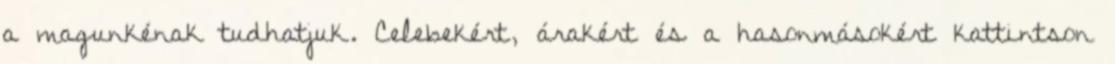
a magunkénak tudhatjuk. Celebekért, árakért és a hasonmásokért kattintson